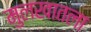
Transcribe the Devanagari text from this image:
मुलखातला